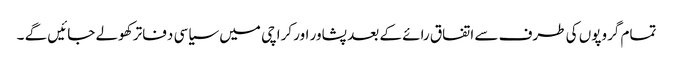
تمام گروپوں کی طرف سے اتفاق رائے کے بعد پشاور اور کراچی میں سیاسی دفاتر کھولے جائیں گے ۔